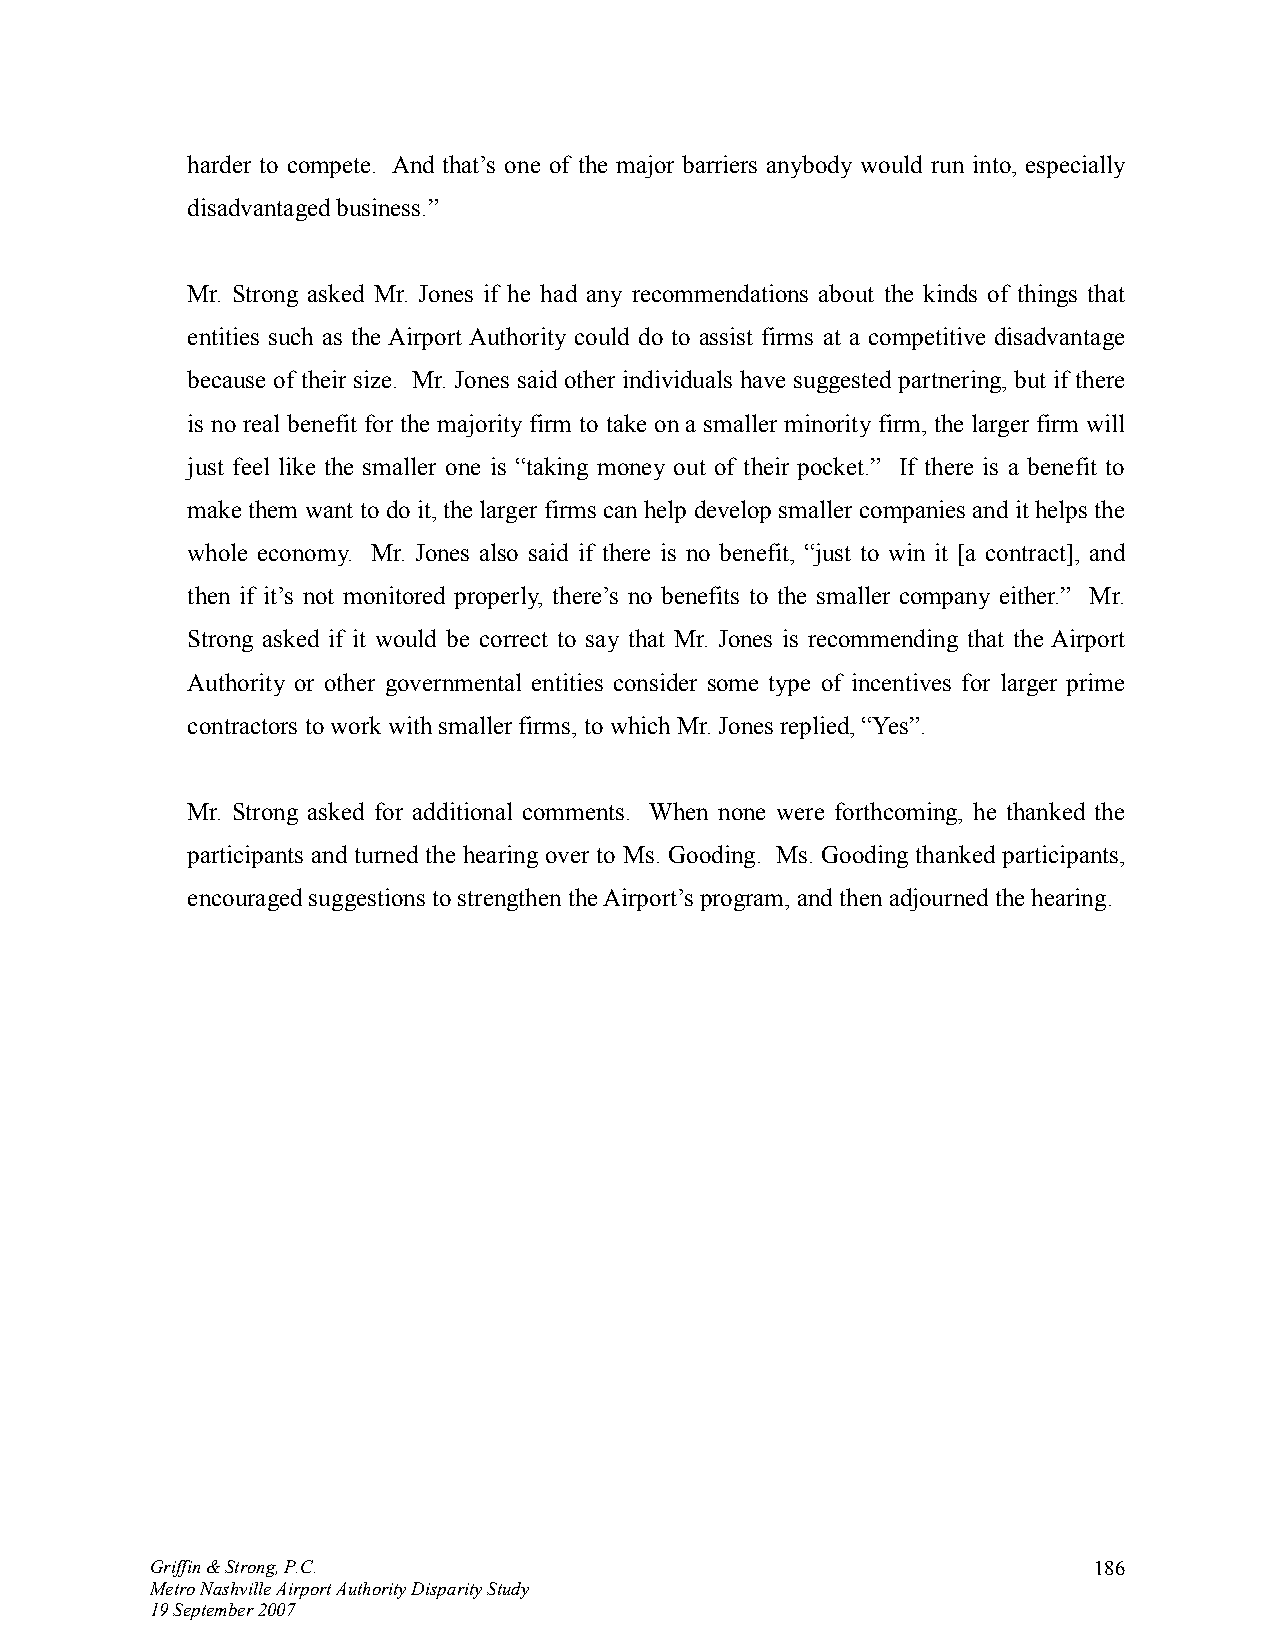
harder to compete. And that’s one of the major barriers anybody would run into, especially
 disadvantaged business.”
 Mr. Strong asked Mr. Jones if he had any recommendations about the kinds of things that
 entities such as the Airport Authority could do to assist firms at a competitive disadvantage
 because of their size. Mr. Jones said other individuals have suggested partnering, but if there
 is no real benefit for the majority firm to take on a smaller minority firm, the larger firm will
 just feel like the smaller one is “taking money out of their pocket.” If there is a benefit to
 make them want to do it, the larger firms can help develop smaller companies and it helps the
 whole economy. Mr. Jones also said if there is no benefit, “just to win it [a contract], and
 then if it’s not monitored properly, there’s no benefits to the smaller company either.” Mr.
 Strong asked if it would be correct to say that Mr. Jones is recommending that the Airport
 Authority or other governmental entities consider some type of incentives for larger prime
 contractors to work with smaller firms, to which Mr. Jones replied, “Yes”.
 Mr. Strong asked for additional comments. When none were forthcoming, he thanked the
 participants and turned the hearing over to Ms. Gooding. Ms. Gooding thanked participants,
 encouraged suggestions to strengthen the Airport’s program, and then adjourned the hearing.
 Griffin & Strong, P.C.                                        186
 Metro Nashville Airport Authority Disparity Study
 19 September 2007